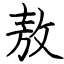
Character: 敖